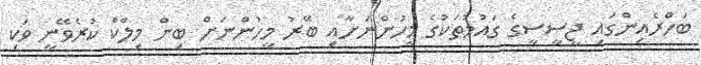
ބަހްރެއިންގައި ޖީސީސީގެ ގައުމުތަކުގެ މީހުންނަށާއި ބޭރު މީހުންނަށް ބިން މިލްކް ކުރެވޭނީ ވަކި